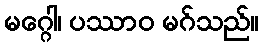
မဂ္ဂေါ၊ ပဿာဝ မဂ်သည်။